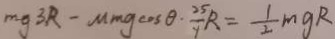
m g 3 R - M m g \cos \theta \cdot \frac { 2 5 } { 4 } R = \frac { 1 } { 2 } m g R